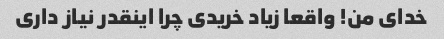
خدای من! واقعا زیاد خریدی چرا اینقدر نیاز داری